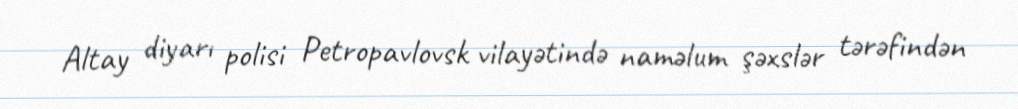
Altay diyarı polisi Petropavlovsk vilayətində naməlum şəxslər tərəfindən